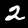
Digit: 2